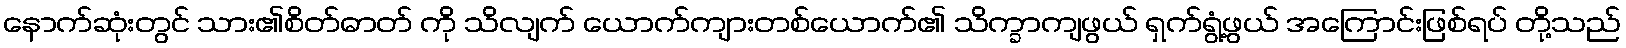
နောက်ဆုံးတွင် သား၏စိတ်ဓာတ် ကို သိလျက် ယောက်ကျားတစ်ယောက်၏ သိက္ခာကျဖွယ် ရှက်ရွံ့ဖွယ် အကြောင်းဖြစ်ရပ် တို့သည်